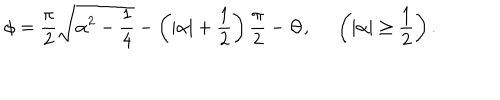
\phi = \frac { \pi } { 2 } \sqrt { \alpha ^ { 2 } - \frac { 1 } { 4 } } - \left( | \alpha | + \frac { 1 } { 2 } \right) \frac { \pi } { 2 } - \Theta , \; \; \left( | \alpha | \geq \frac { 1 } { 2 } \right) .